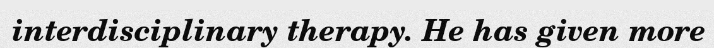
interdisciplinary therapy. He has given more